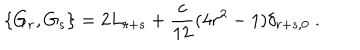
\{ G _ { r } , G _ { s } \} = 2 L _ { r + s } + \frac { c } { 1 2 } ( 4 r ^ { 2 } - 1 ) \delta _ { r + s , 0 } \ .